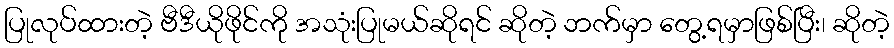
ပြုလုပ်ထားတဲ့ ဗီဒီယိုဖိုင်ကို အသုံးပြုမယ်ဆိုရင် ဆိုတဲ့ ဘက်မှာ တွေ့ရမှာဖြစ်ပြီး၊ ဆိုတဲ့